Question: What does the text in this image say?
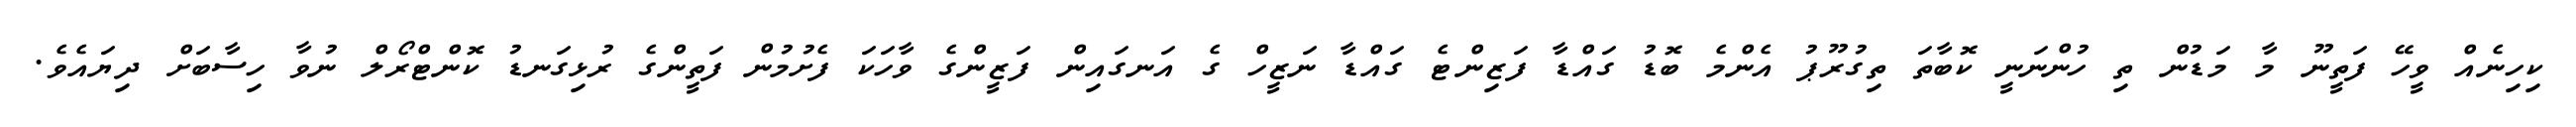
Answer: ކިހިނެއް ވީހޭ ފަތީނޫ މާ މަޑުން ތި ހުންނަނީ ކޮބާތަ ތިގުރޫޕު އެންމެ ބޮޑު ގައްޑާ ފަޒިންޓެ ގައްޑާ ނަޒީހް ގެ އަނގައިން ފަޒީންގެ ވާހަކަ ފެށުމުން ފަތީންގެ ރުޅިގަނޑު ކޮންޓްރޯލް ނުވާ ހިސާބަށް ދިޔައެވެ.